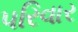
પરિવાર